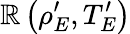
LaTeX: \mathbb{R}\left(\rho_{E}^{\prime},T_{E}^{\prime}\right)